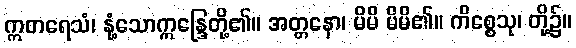
ဣတရေသံ၊ နုံ့သောဣန္ဒြေတို့၏။ အတ္တနော၊ မိမိ မိမိ၏။ ကိစ္စေသု၊ တို့၌။